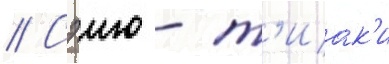
// Сэию - т'иак'и